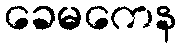
ခေမကေန